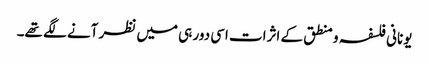
یونانی فلسفہ و منطق کے اثرات اسی دور ہی میں نظر آنے لگے تھے۔